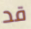
قد